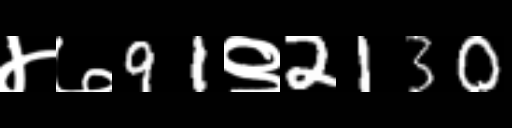
Text: ४७91९2130